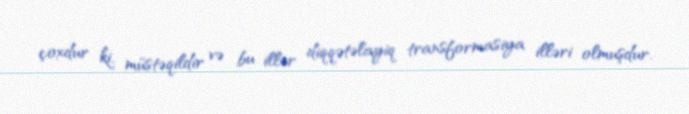
çoxdur ki, müstəqildir və bu illər diqqətəlayiq transformasiya illəri olmuşdur.